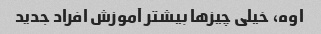
اوه، خیلی چیزها بیشتر آموزش افراد جدید